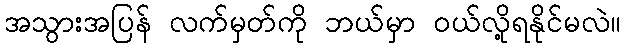
အသွားအပြန် လက်မှတ်ကို ဘယ်မှာ ဝယ်လို့ရနိုင်မလဲ။